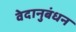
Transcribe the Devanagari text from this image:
वेदानुबंधन